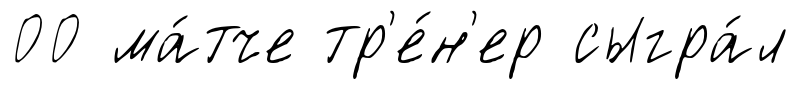
00 ма́тче тр'е́н'ер сыгра́л